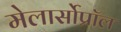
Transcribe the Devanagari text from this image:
मेलार्सोप्रॉल